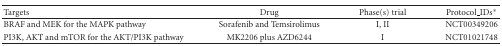
| Targets | Drug | Phase(s) trial | Protocol_IDs* |
 | --- | --- | --- | --- |
 | BRAF and MEK for the MAPK pathway | Sorafenib and Temsirolimus | I, II | NCT00349206 |
 | PI3K, AKT and mTOR for the AKT/PI3K pathway | MK2206 plus AZD6244 | I | NCT01021748 |